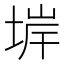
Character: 堓